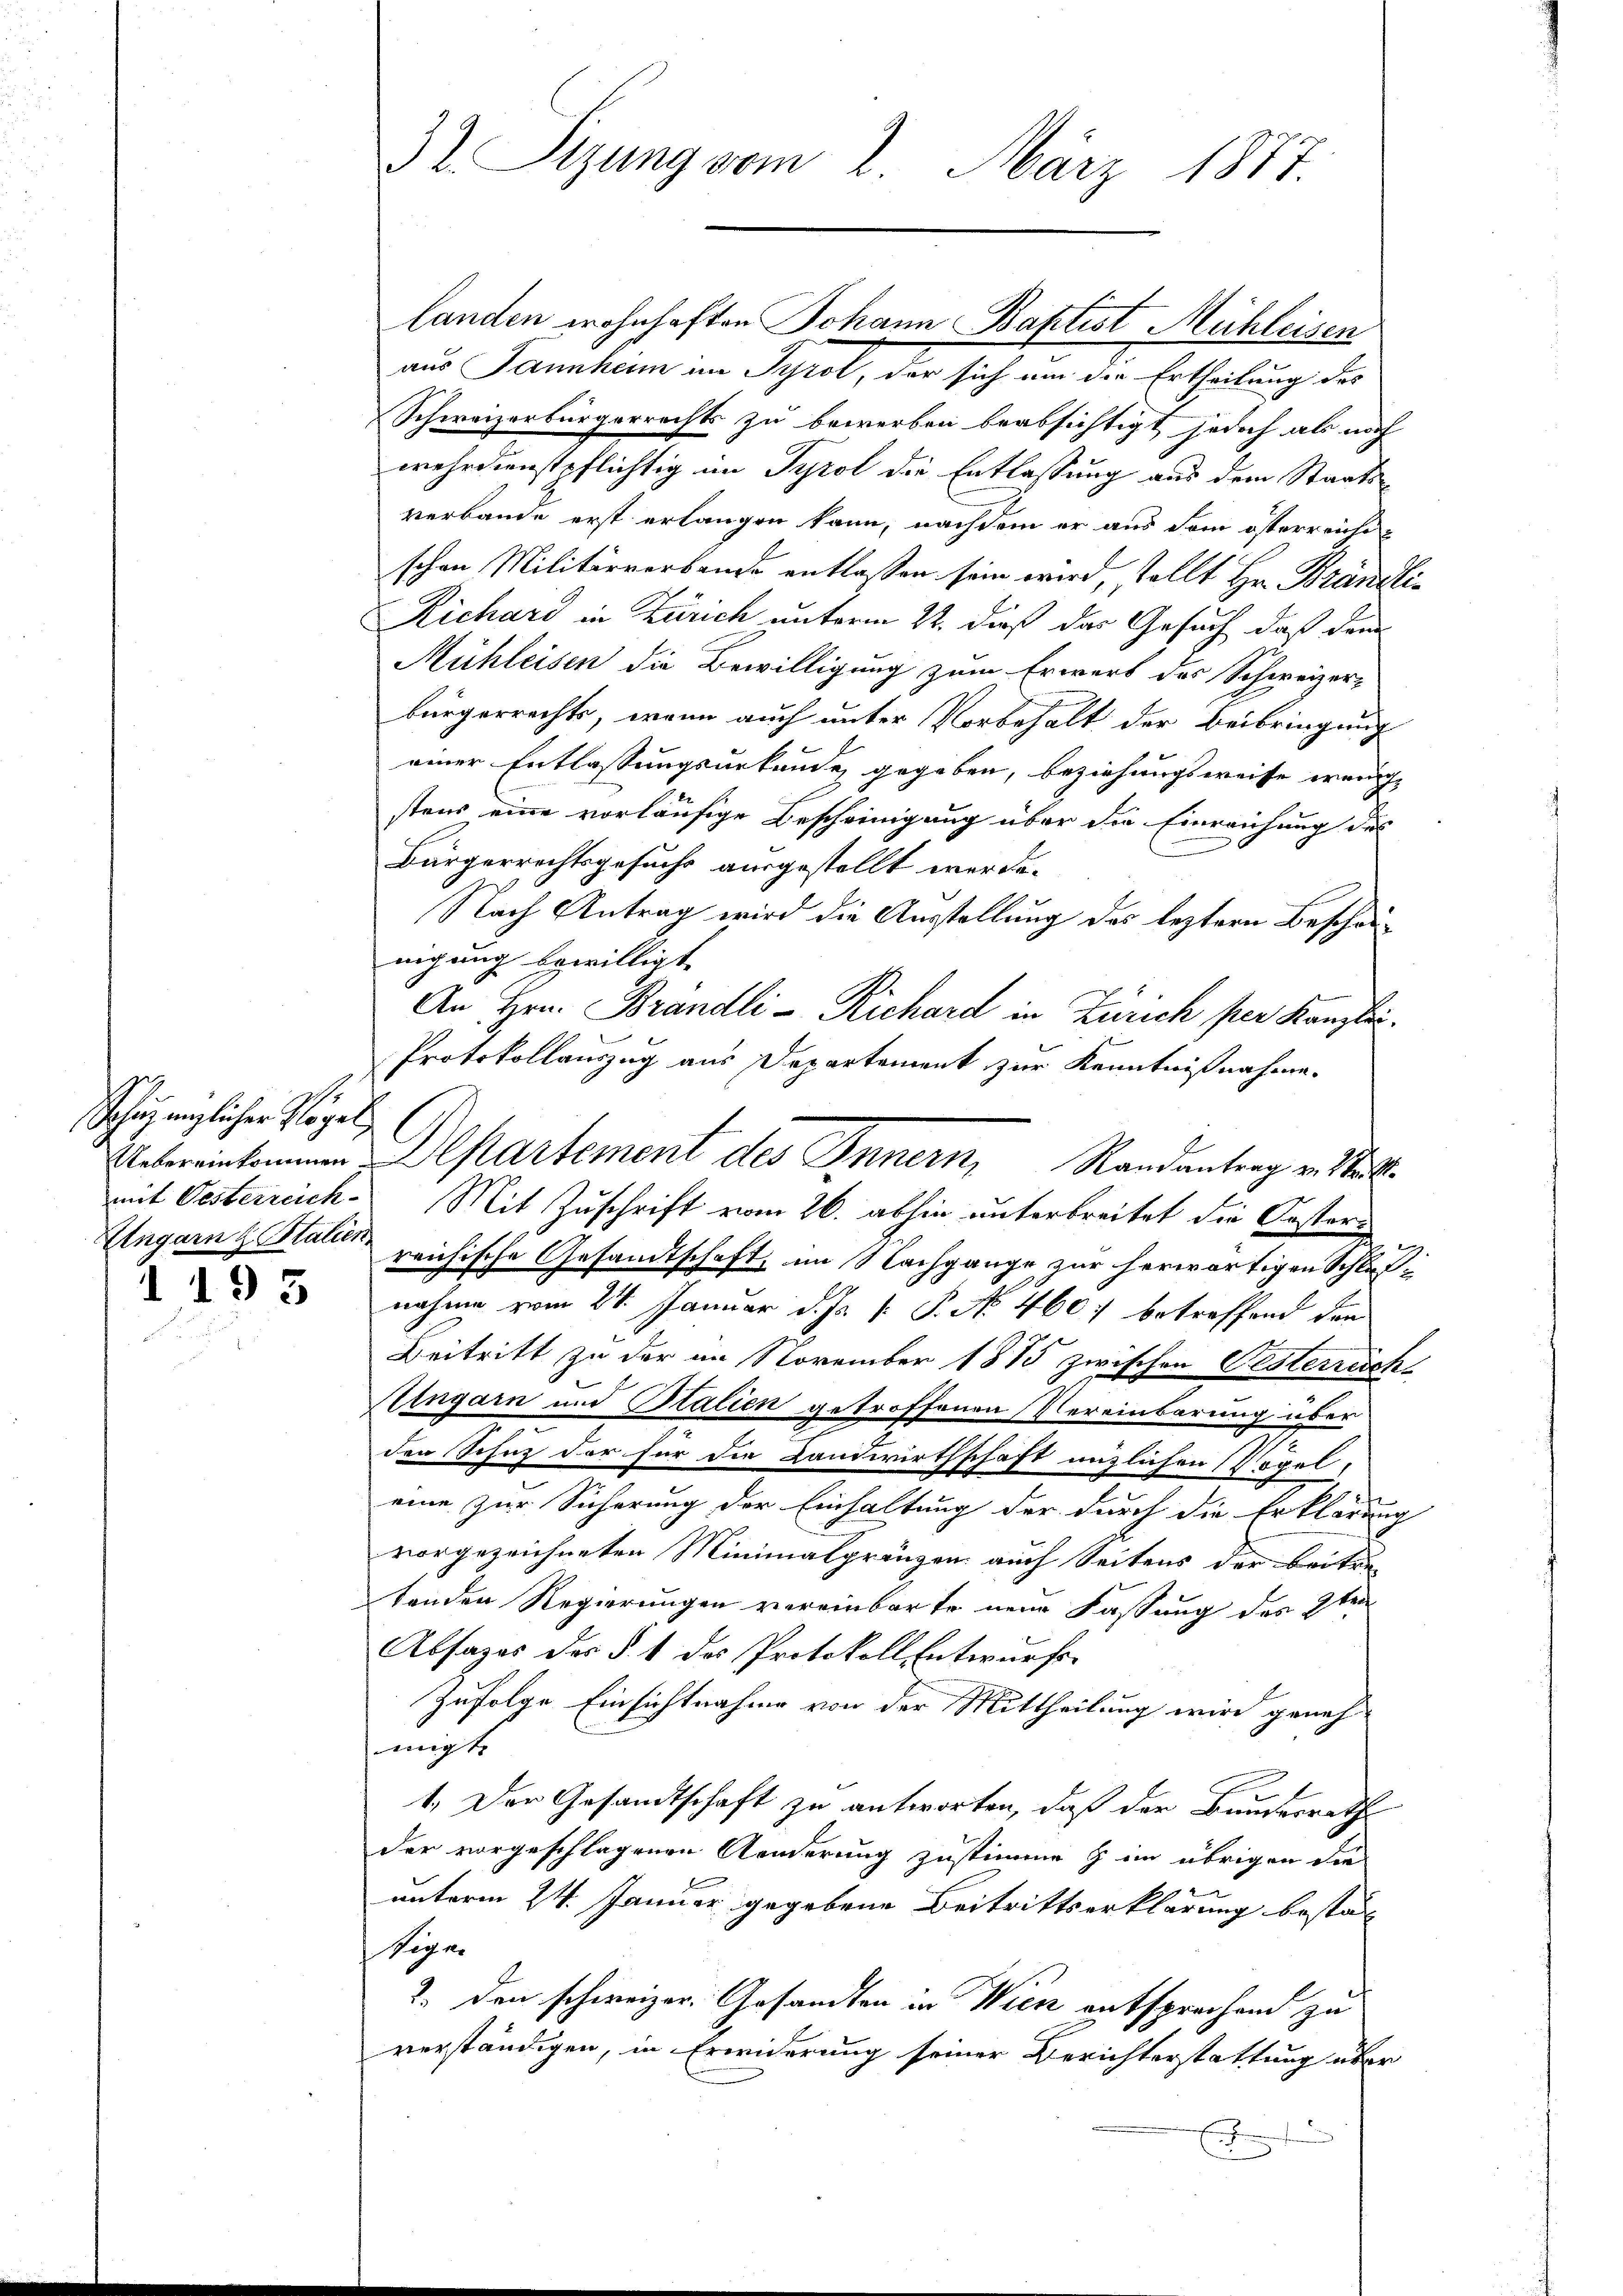
Schaz möglicher Vögel
Ungarn & Stalien.

193

32. Sizung vom 2. März 1877.

aus Tannheim im Tyrol, der sich um die Ertheilung des
Schweizerbürgerrechts zu bewerben beabsichtigt, jedoch als noch
wehrdienstpflichtig im Tyrol die Entlassung aus dem Staatsverbande erst erlangen kann, nachdem er aus dem österreicht
schen Militärverbande entlassen sein wird, sollt Hr. Brändli¬
Richard in Zürich unterm 22. dieß das Gesuch, daß dann
Mühleisen die Bewilligung zum Erwart des Schweizer-
bürgerrechts, wenn auch unter Vorbehalt der Beibringung
einer Entlassungsurkunde gegeben, beziehungsweise wenigstens eine vorläufige Bescheinigung über die Einreichung des
Bürgerrechtsgesuche ausgestellt werde.
Nach Antrag wird die Ausstellung des leztern Beschänigung bewilligt.
An Hrn. Brandli - Richard in Zürich per Kanzlei.
Protokollauszug aus Departement zur Kenntnißnahme.
mit Oesterreich. Mit Zuschrift vom 26. abhin unterbreitet die Oesterreichische Gesandtschaft, im Nachgange zur herwärtigen Schlußnahme vom 24. Januar d. Js. [ P. No. 460 betreffend den
Beitritt zu der im November 1875 zwischen Festerreich-
Aingarn und Stalien getroffenen Vereinbarung über
den Schutz der für die Landwirthschaft nützlichen Vögel,
eine zur Sicherung der Einhaltung der durch die Erklärung
vorgezeichneten Minimalgränzen auch Seitens der beiten
tenden Regierungen vereinbarte neue Fassung des 3ten
Absages des § 1 des Protokoll Entwurfs.
Zufolge Einsichtnahme von der Mittheilung wird geneh-
migte
1.) Der Gesandtschaft zu antworten, daß der Bundesrath
der vorgeschlagenen Aenderung zustimme & im übrigen die
b
unterm 24. Januar gegebene Beitrittserklärung bestat
Weger
2. den schweizer. Gesandten in Wien entsprechend zu
verständigen, in Erwiderung seiner Berichterstattung über
.

Uebereinkommen Departement des Innern, Randantrag v. Mitt

landen wohnhaften Johann Baptist Mühleisen